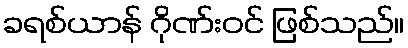
ခရစ်ယာန် ဂိုဏ်းဝင် ဖြစ်သည်။